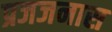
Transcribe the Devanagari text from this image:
प्रजजनास